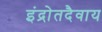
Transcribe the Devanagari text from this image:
इंद्रोतदैवाय